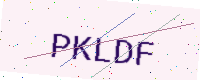
Text: PKLDF